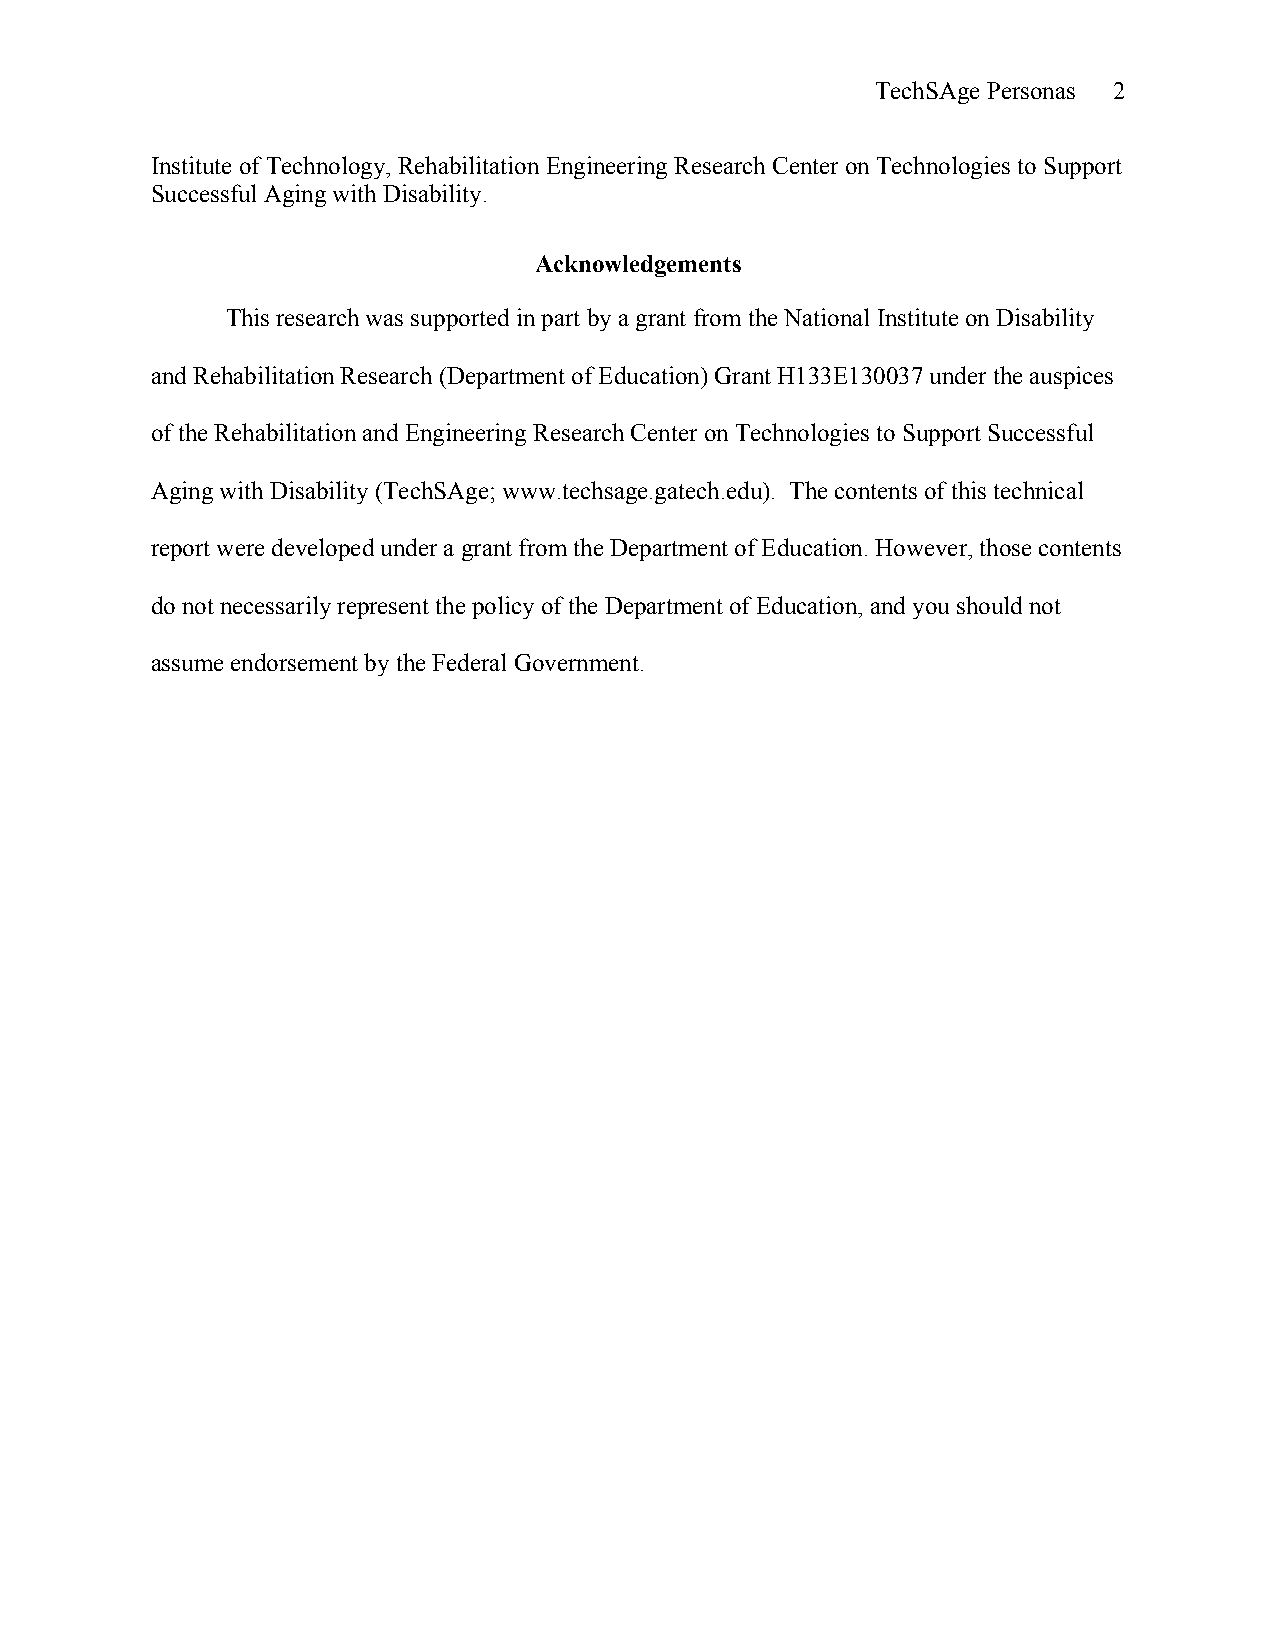
TechSAge Personas 2
 Institute of Technology, Rehabilitation Engineering Research Center on Technologies to Support
 Successful Aging with Disability.
 Acknowledgements
 This research was supported in part by a grant from the National Institute on Disability
 and Rehabilitation Research (Department of Education) Grant H133E130037 under the auspices
 of the Rehabilitation and Engineering Research Center on Technologies to Support Successful
 Aging with Disability (TechSAge; www.techsage.gatech.edu). The contents of this technical
 report were developed under a grant from the Department of Education. However, those contents
 do not necessarily represent the policy of the Department of Education, and you should not
 assume endorsement by the Federal Government.